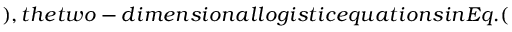
) , t h e t w o - d i m e n s i o n a l l o g i s t i c e q u a t i o n s i n E q . (